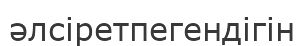
әлсіретпегендігін